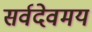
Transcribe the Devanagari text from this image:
सर्वदेवमय